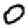
Digit: 0